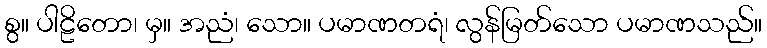
စွ။ ပါဠိတော၊ မှ။ အညံ၊ သော။ ပမာဏတရံ၊ လွန်မြတ်သော ပမာဏသည်။